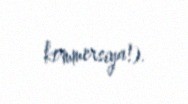
kommersiya!).